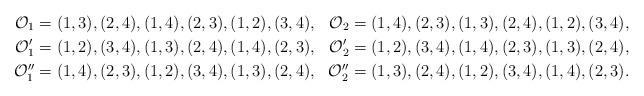
LaTeX: \begin{align*}\mathcal{O}_{1} &= (1,3),(2,4),(1,4),(2,3),(1,2),(3,4), &\mathcal{O}_{2} = (1,4),(2,3),(1,3),(2,4),(1,2),(3,4), \\\mathcal{O}_{1}' &= (1,2),(3,4),(1,3),(2,4),(1,4),(2,3), &\mathcal{O}_{2}' = (1,2),(3,4),(1,4),(2,3),(1,3),(2,4), \\\mathcal{O}_{1}'' &= (1,4),(2,3),(1,2),(3,4),(1,3),(2,4), &\mathcal{O}_{2}'' = (1,3),(2,4),(1,2),(3,4),(1,4),(2,3).\end{align*}